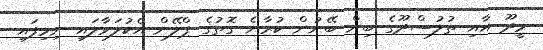
މީދޫ އާއި ތުލުސްދޫގެ ބިން ބޭނުން ކުރާނެ ގޮތުގެ ޕްލޭން އެކުލަވާލައި ނިމިފައި